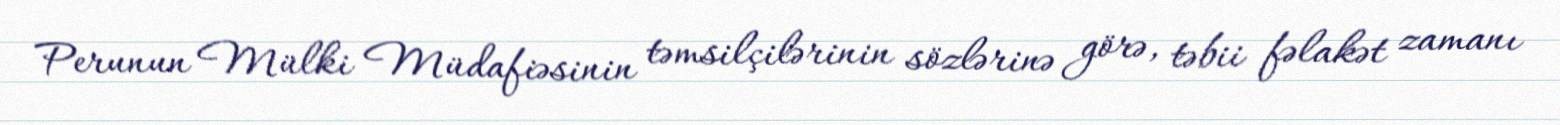
Perunun Mülki Müdafiəsinin təmsilçilərinin sözlərinə görə, təbii fəlakət zamanı